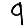
Digit: 9